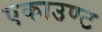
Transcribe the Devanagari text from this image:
एकाउण्ट